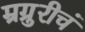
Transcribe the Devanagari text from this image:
म्रग्रुरीचं